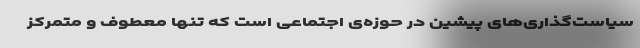
سیاست‌گذاری‌های پیشین در حوزه‌ی اجتماعی است که تنها معطوف و متمرکز